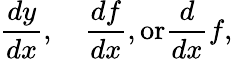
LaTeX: {\frac{dy}{dx}},\quad{\frac{df}{dx}},{\mathrm{or}}{\frac{d}{dx}}f,